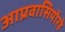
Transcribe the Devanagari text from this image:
आप्रवासियोंरहे